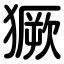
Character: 獗